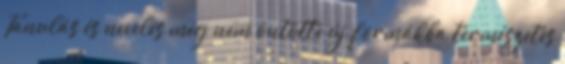
Tanulás és nevelés még nem öntötte új formákba természetes